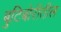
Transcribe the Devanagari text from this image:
बुटिबोरीतील